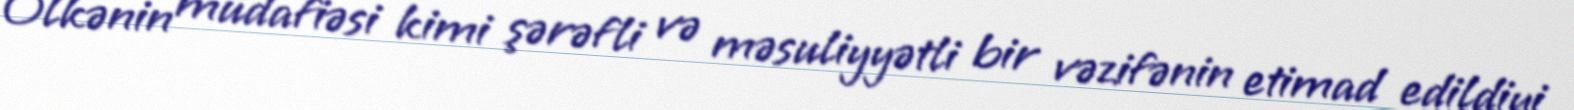
Ölkənin müdafiəsi kimi şərəfli və məsuliyyətli bir vəzifənin etimad edildiyi